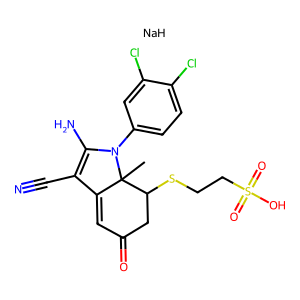
SMILES: CC12C(=CC(=O)CC1SCCS(=O)(=O)O)C(C#N)=C(N)N2c1ccc(Cl)c(Cl)c1.[NaH]
Inhibits HIV replication: Yes